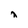
Character: j